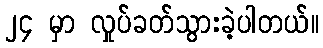
၂၄ မှာ လှုပ်ခတ်သွားခဲ့ပါတယ်။